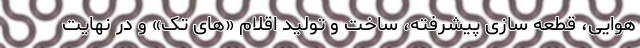
هوایی، قطعه سازی پیشرفته، ساخت و تولید اقلام «های تِک» و در نهایت